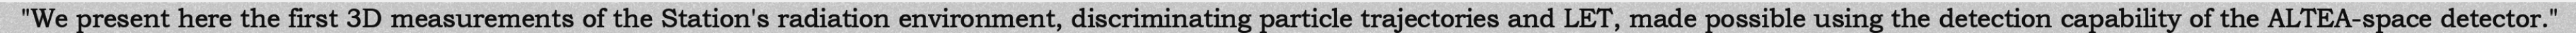
"We present here the first 3D measurements of the Station's radiation environment, discriminating particle trajectories and LET, made possible using the detection capability of the ALTEA-space detector."